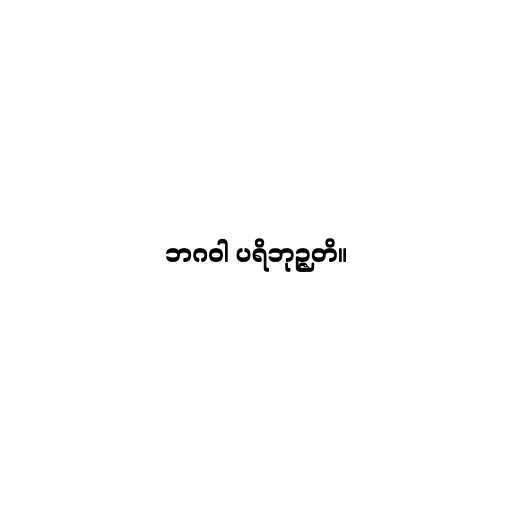
ဘဂဝါ ပရိဘုဉ္ဇတိ။